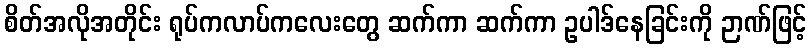
စိတ်အလိုအတိုင်း ရုပ်ကလာပ်ကလေးတွေ ဆက်ကာ ဆက်ကာ ဥပါဒ်နေခြင်းကို ဉာဏ်ဖြင့်